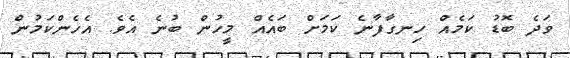
ވަދެ ބޮޑު ކަމެއް ހިނގާފާނެ ކަމަށް ބައެއް މީހުން ބުނެ އެވެ. އެހެންކަމުން